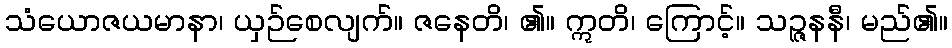
သံယောဇယမာနာ၊ ယှဉ်စေလျက်။ ဇနေတိ၊ ၏။ ဣတိ၊ ကြောင့်။ သဉ္ဇနနီ၊ မည်၏။